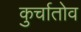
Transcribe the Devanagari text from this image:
कुर्चातोव